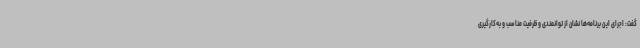
گفت: اجرای این برنامه‌ها نشان از توانمندی و ظرفیت مناسب و به‌کارگیری